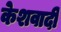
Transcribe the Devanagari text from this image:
केशवादी